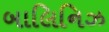
બાલિનિઝ